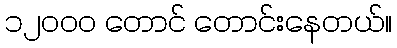
၁၂ဝဝဝ တောင် တောင်းနေတယ်။